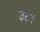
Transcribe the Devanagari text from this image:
उठन